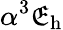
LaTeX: \alpha^{3}\mathfrak{E}_{\mathrm{{h}}}